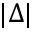
| \Delta |